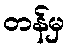
တန်မှ